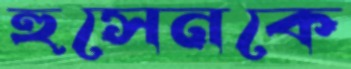
হুসেনকে